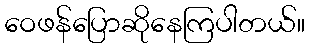
ဝေဖန်ပြောဆိုနေကြပါတယ်။